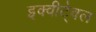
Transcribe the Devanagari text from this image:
इक्वीटे्वल